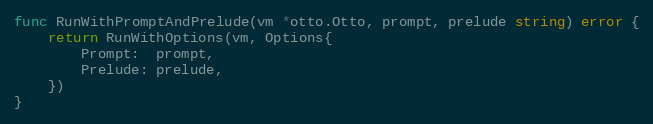
Language: Go
func RunWithPromptAndPrelude(vm *otto.Otto, prompt, prelude string) error {
	return RunWithOptions(vm, Options{
		Prompt:  prompt,
		Prelude: prelude,
	})
}